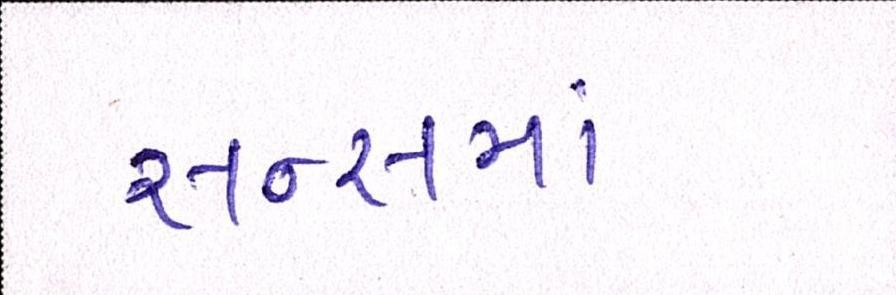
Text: સન્સમાં